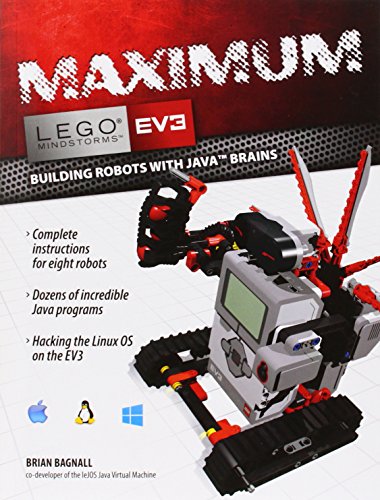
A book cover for Maximum LEGO EV3: Building Robots with Java Brains (LEGO Mindstorms EV3); Brian Bagnall; Computers & Technology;